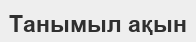
Танымыл ақын